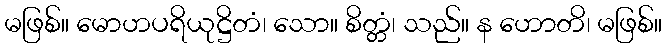
မဖြစ်။ မောဟပရိယုဋ္ဌိတံ၊ သော။ စိတ္တံ၊ သည်။ န ဟောတိ၊ မဖြစ်။